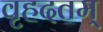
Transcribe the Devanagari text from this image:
वृहदतम्